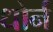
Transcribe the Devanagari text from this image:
धोर्न